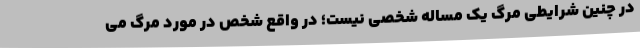
در چنین شرایطی مرگ یک مساله شخصی نیست؛ در واقع شخص در مورد مرگ می